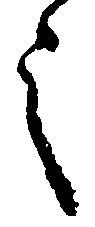
之